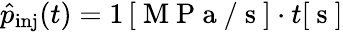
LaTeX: \hat{p}_{\mathrm{inj}}(t)=1\, [\mathrm{~M~P~a~/~s~}]\cdot t[\mathrm{~s~}]